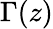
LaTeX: \Gamma(z)